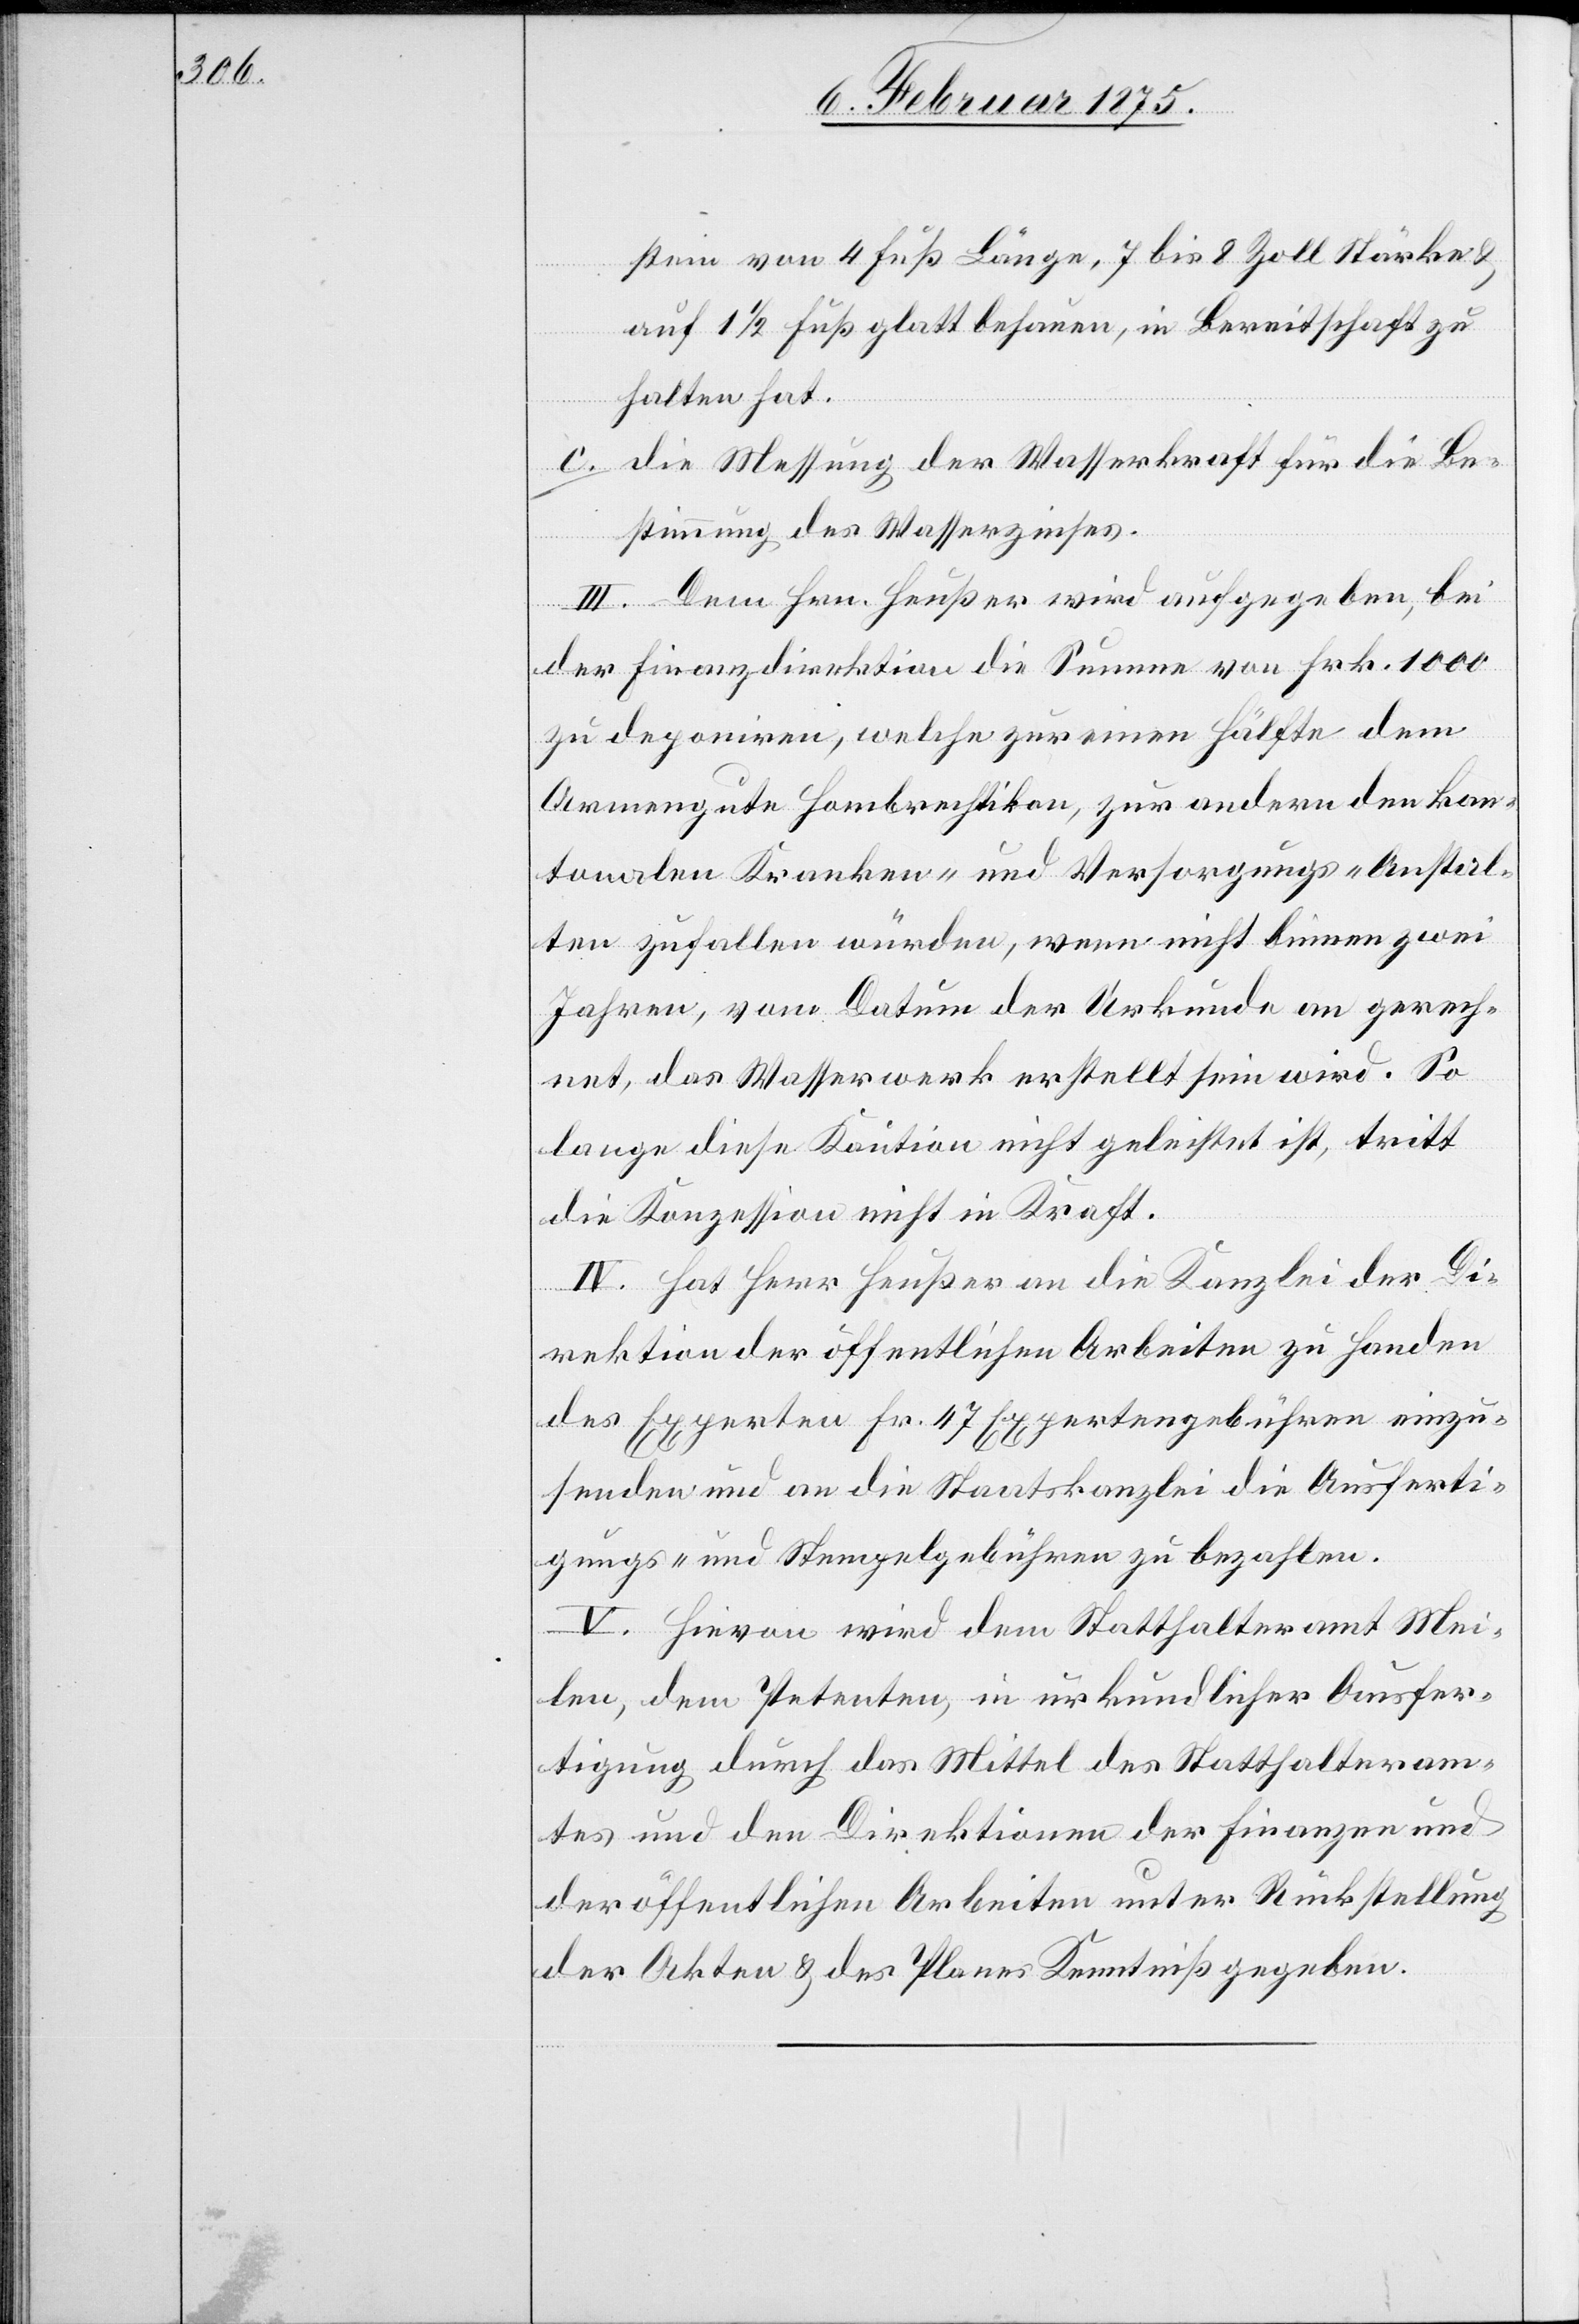
stein von 4 Fuß Länge, 7 bis 8 Zoll Stärke &
auf 1 1/2 Fuß glatt behauen, in Bereitschaft zu
halten hat.
c. die Messung der Wasserkraft für die Be¬
stimmung des Wasserzinses.
III. Dem Hrn. Heußer wird aufgegeben, bei
der Finanzdirektion die Summe von Frk. 1000
zu deponiren, welche zur einen Hälfte dem
Armengute Hombrechtikon, zur andern den kan¬
tonalen Kranken- und Versorgungs-Anstal¬
ten zufallen würden, wenn nicht binnen zwei
Jahren, vom Datum der Urkunde an gerech¬
net, das Wasserwerk erstellt sein wird. So
lange diese Kaution nicht geleistet ist, tritt
die Konzession nicht in Kraft.
IV. Hat Herr Heußer an die Kanzlei der Di¬
rektion der öffentlichen Arbeiten zu Handen
des Experten Fr. 47 Expertengebühren einzu¬
senden und an die Staatskanzlei die Ausferti¬
gungs- und Stempelgebühren zu bezahlen.
V. Hievon wird dem Statthalteramt Mei¬
len, dem Petenten, in urkundlicher Ausfer¬
tigung durch das Mittel des Statthalteram¬
tes und den Direktionen der Finanzen und
der öffentlichen Arbeiten unter Rückstellung
der Akten & des Planes Kenntniß gegeben.